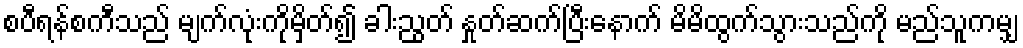
စပီရန်စကီသည် မျက်လုံးကိုမှိတ်၍ ခါးညွတ် နှုတ်ဆက်ပြီးနောက် မိမိထွက်သွားသည်ကို မည်သူကမျှ